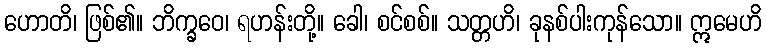
ဟောတိ၊ ဖြစ်၏။ ဘိက္ခဝေ၊ ရဟန်းတို့။ ခေါ၊ စင်စစ်။ သတ္တဟိ၊ ခုနစ်ပါးကုန်သော။ ဣမေဟိ